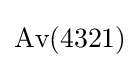
{\mbox{Av}}(4321)